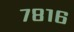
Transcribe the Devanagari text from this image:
७८१६